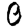
Digit: 0